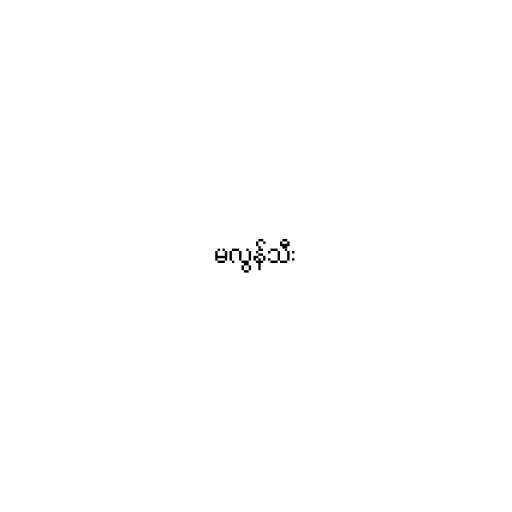
မလွန်သီး